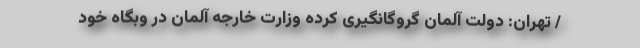
/ تهران: دولت آلمان گروگانگیری کرده وزارت خارجه آلمان در وبگاه خود